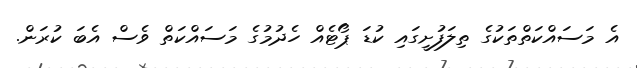
އެ މަސައްކަތްތަކުގެ ތިލަފުށީގައި ކުޑަ ޕޯޓެއް ހެދުމުގެ މަސައްކަތް ވެސް އެބަ ކުރަން.